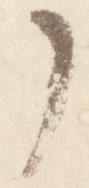
之